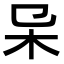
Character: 𣎿